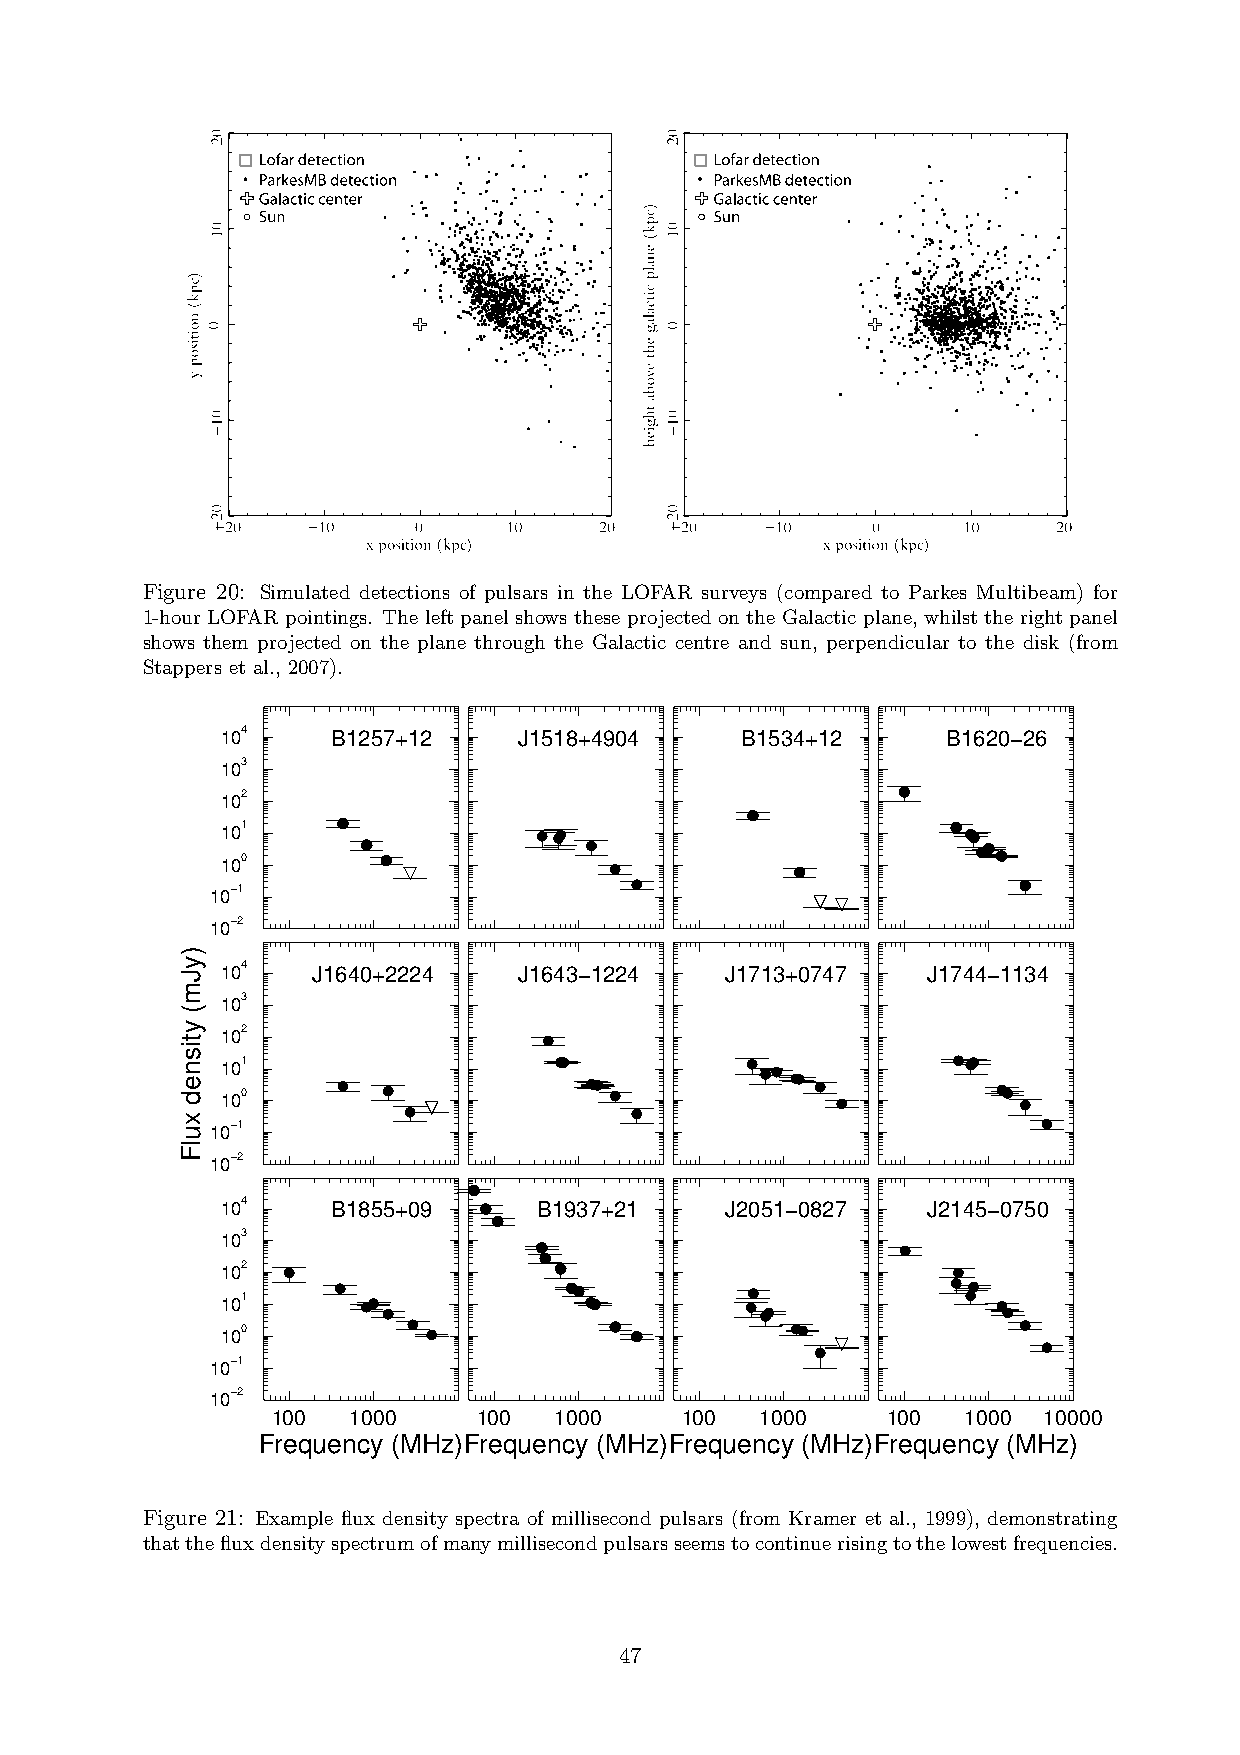
Figure 20: Simulated detections of pulsars in the LOFAR surveys (compared to Parkes Multibeam) for
 1-hour LOFAR pointings. The left panel shows these projected on the Galactic plane, whilst the right panel
 shows them projected on the plane through the Galactic centre and sun, perpendicular to the disk (from
 Stappers et al., 2007).
 10
 104    B1257+12    J1518+4904     B1534+12      B1620−26
 103
 102
 101
 100
 10−1
 10−2
 104   J1640+2224   J1643−1224    J1713+0747   J1744−1134
 103
 102
 101
 100
 10−1
 10−2
 104    B1855+09      B1937+21    J2051−0827   J2145−0750
 103
 102
 101
 100
 10−1
 10−2
 100  1000     100  1000    100  1000     100  1000 10000
 Frequency (MHz)Frequency (MHz)Frequency (MHz)Frequency (MHz)
 Figure 21: Example flux density spectra of millisecond pulsars (from Kramer et al., 1999), demonstrating
 thatthefluxdensityspectrumofmanymillisecondpulsarsseemstocontinuerisingtothelowestfrequencies.
 47
 )yJm(
 ytisned
 xulF